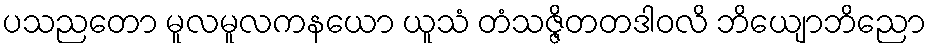
ပသညတော မူလမူလကနယော ယူသံ တံသဇ္ဇိတတဒါဝလိ ဘိယျောဘိညော